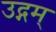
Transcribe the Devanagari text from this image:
उद्गम्